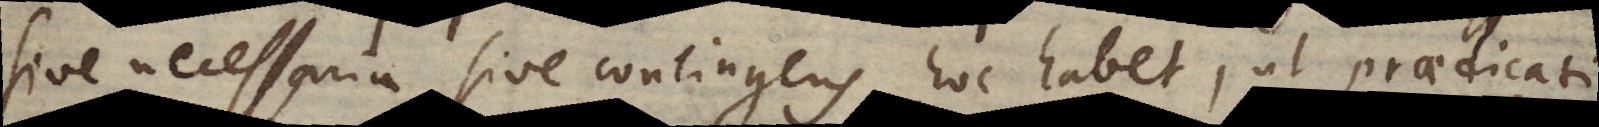
sive necessaria sive contingens, hoc habet, ut praedicati